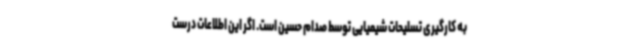
به کارگیری تسلیحات شیمیایی توسط صدام حسین است. اگر این اطلاعات درست